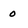
Character: 0